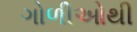
ગોળીઓથી